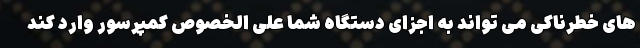
های خطرناکی می تواند به اجزای دستگاه شما علی الخصوص کمپرسور وارد کند